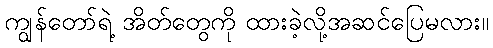
ကျွန်တော်ရဲ့ အိတ်တွေကို ထားခဲ့လို့အဆင်ပြေမလား။